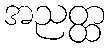
အညတ္ထ